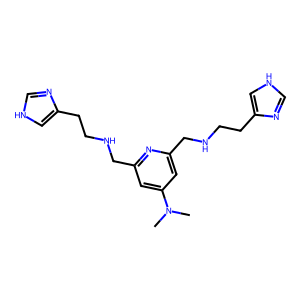
SMILES: CN(C)c1cc(CNCCc2c[nH]cn2)nc(CNCCc2c[nH]cn2)c1
Inhibits HIV replication: No